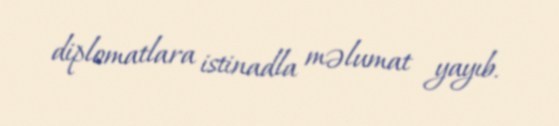
diplomatlara istinadla məlumat yayıb.